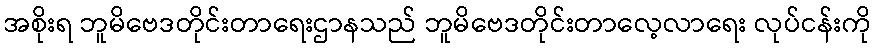
အစိုးရ ဘူမိဗေဒတိုင်းတာရေးဌာနသည် ဘူမိဗေဒတိုင်းတာလေ့လာရေး လုပ်ငန်းကို